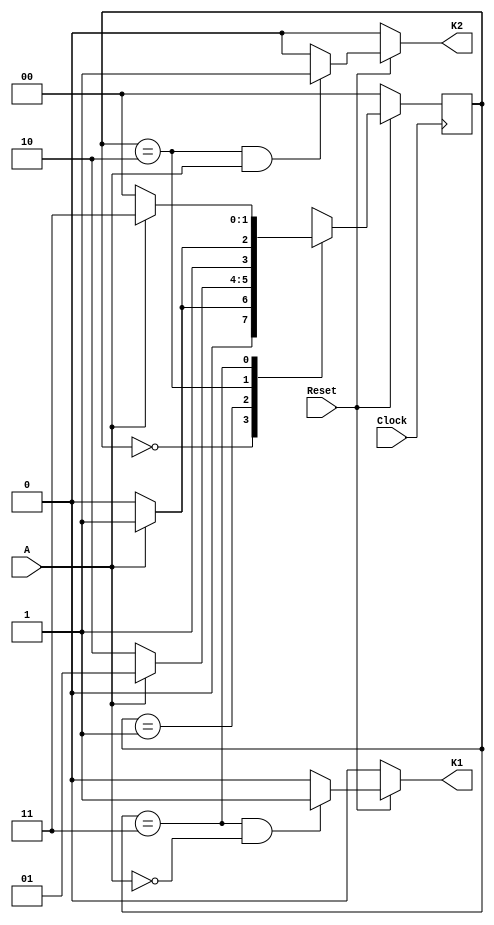
module fsm (
    Clock,Reset,A,K2,K1
);
    input Clock,Reset,A;
    output K1,K2;
    reg K2,K1;
    reg [1:0] state,nextstate;
    parameter Idle = 2'b00,
              Start = 2'b01,
              Stop = 2'b10,
              Clear = 2'b11;
              //
    always @(posedge Clock ) begin
        if(!Reset)
            state<=Idle;
        else
            state<=nextstate;
    end
    //
    always @(state or A) 
    begin
        case(state)
            Idle:if(A)
                        nextstate = Start;
                 else   nextstate = Idle;
            Start:if(!A) nextstate = Stop;
                 else nextstate = Start;
            Stop:if(A) nextstate = Clear;
                 else nextstate = Stop;
            Clear:if(!A) nextstate = Idle;
                    else nextstate = Clear;
            default:    nextstate = 2'bxx;
        endcase
    end
    //K1
    always @(state or Reset or A) 
    begin
    if(!Reset) K1=0;
        else
            if(state == Clear && !A) //ClearIdle
                K1=1;
            else K1=0;    
    end
    //K2
    always @(state or Reset or A)
    begin
        if(!Reset) K2=0;
        else
            if(state==Stop&&A)//StopClear
                K2=1;
            else K2=0;
    end
    endmodule